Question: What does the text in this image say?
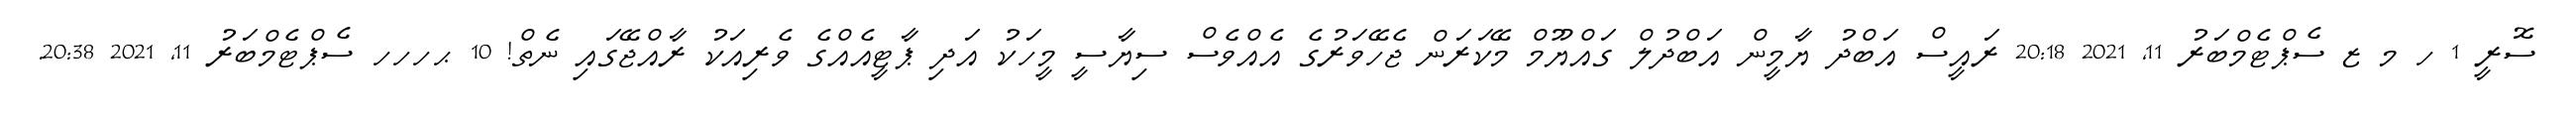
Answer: ސޮރީ 1 ހ މ ޒ ސެޕްޓެމްބަރު 11, 2021 20:18 ރައީސް އަބްދު ޔާމީން އަބްދުލް ގައްޔޫމް މޭކަރަން ޖެހޭވަރުގެ އެއްވެސް ސިޔާސީ މީހަކު އަދި ޕާޓީއެއްގެ ވެރިއަކު ރާއްޖޭގައި ނެތް! 10 ޙހހހ ސެޕްޓެމްބަރު 11, 2021 20:38.